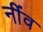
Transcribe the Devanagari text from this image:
नींंव